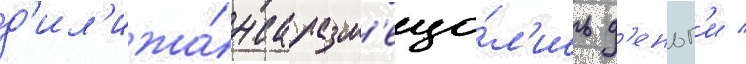
д'ил'ижа́нса разм'еща́л'ись д'еньг'и /